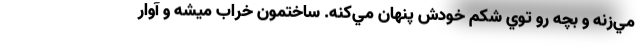
مي‌زنه و بچه رو توي شكم خودش پنهان مي‌كنه. ساختمون خراب ميشه و آوار